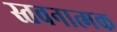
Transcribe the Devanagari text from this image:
स्तवनात्मक